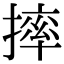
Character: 摔